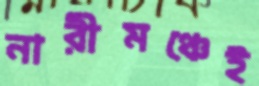
নারীমঞ্চেই